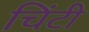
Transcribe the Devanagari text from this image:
चिंटी